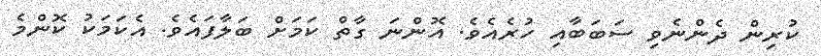
ކުރިން ދެންނެވި ސަބަބާއި ހުރެއެވެ. އޮންނަ ގާތް ކަމަށް ބަލާފައެވެ. އެކަމަކު ކޮންމެ